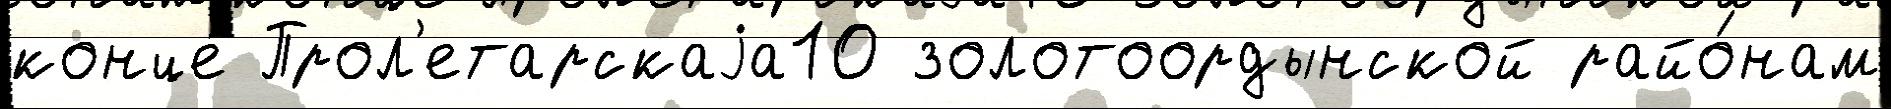
конце́ Прол'етарскаjа10 золотоордынской райо́нам